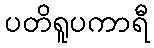
ပတိရူပကာရီ